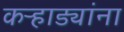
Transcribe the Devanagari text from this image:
कऱ्हाड्यांना